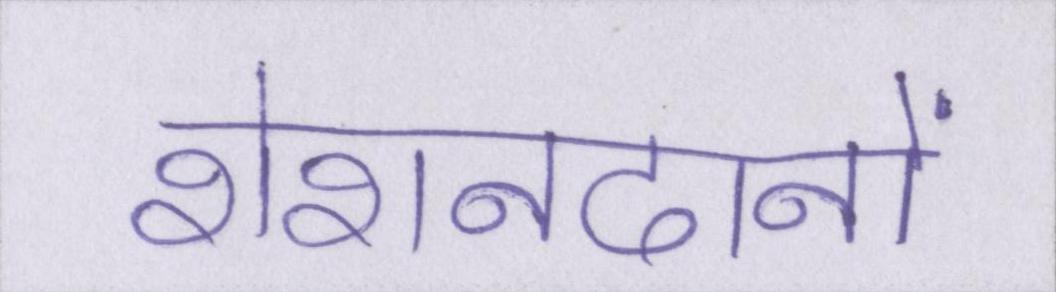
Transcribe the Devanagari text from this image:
रोशनदानों